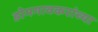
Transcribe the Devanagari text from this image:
डोमगावकरांच्या